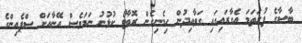
ބާސާގެ ފުރަތަމަ އެގާރައިގައި ގަވާއިދުން ހިމެނިގެން ރޮބާޓޯ ކުޅުނު ނަމަވެސް އޭނާއަށް ސްޕެއިންގެ